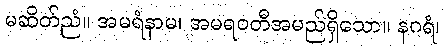
မဆိတ်ညံ။ အမရံနာမ၊ အမရဝတီအမည်ရှိသော။ နဂရံ၊